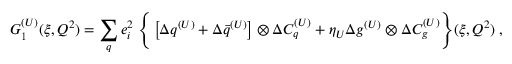
{ \cal G } _ { 1 } ^ { ( U ) } ( \xi , Q ^ { 2 } ) = \sum _ { q } e _ { i } ^ { 2 } \; \Bigg \{ \left[ \Delta q ^ { ( U ) } + \Delta \bar { q } ^ { ( U ) } \right] \otimes \Delta { \cal C } _ { q } ^ { ( U ) } + \eta _ { U } \Delta g ^ { ( U ) } \otimes \Delta { \cal C } _ { g } ^ { ( U ) } \Bigg \} ( \xi , Q ^ { 2 } ) \; ,